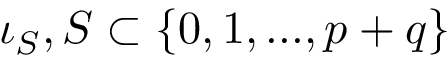
\iota _ { S } , S \subset \{ 0 , 1 , . . . , p + q \}